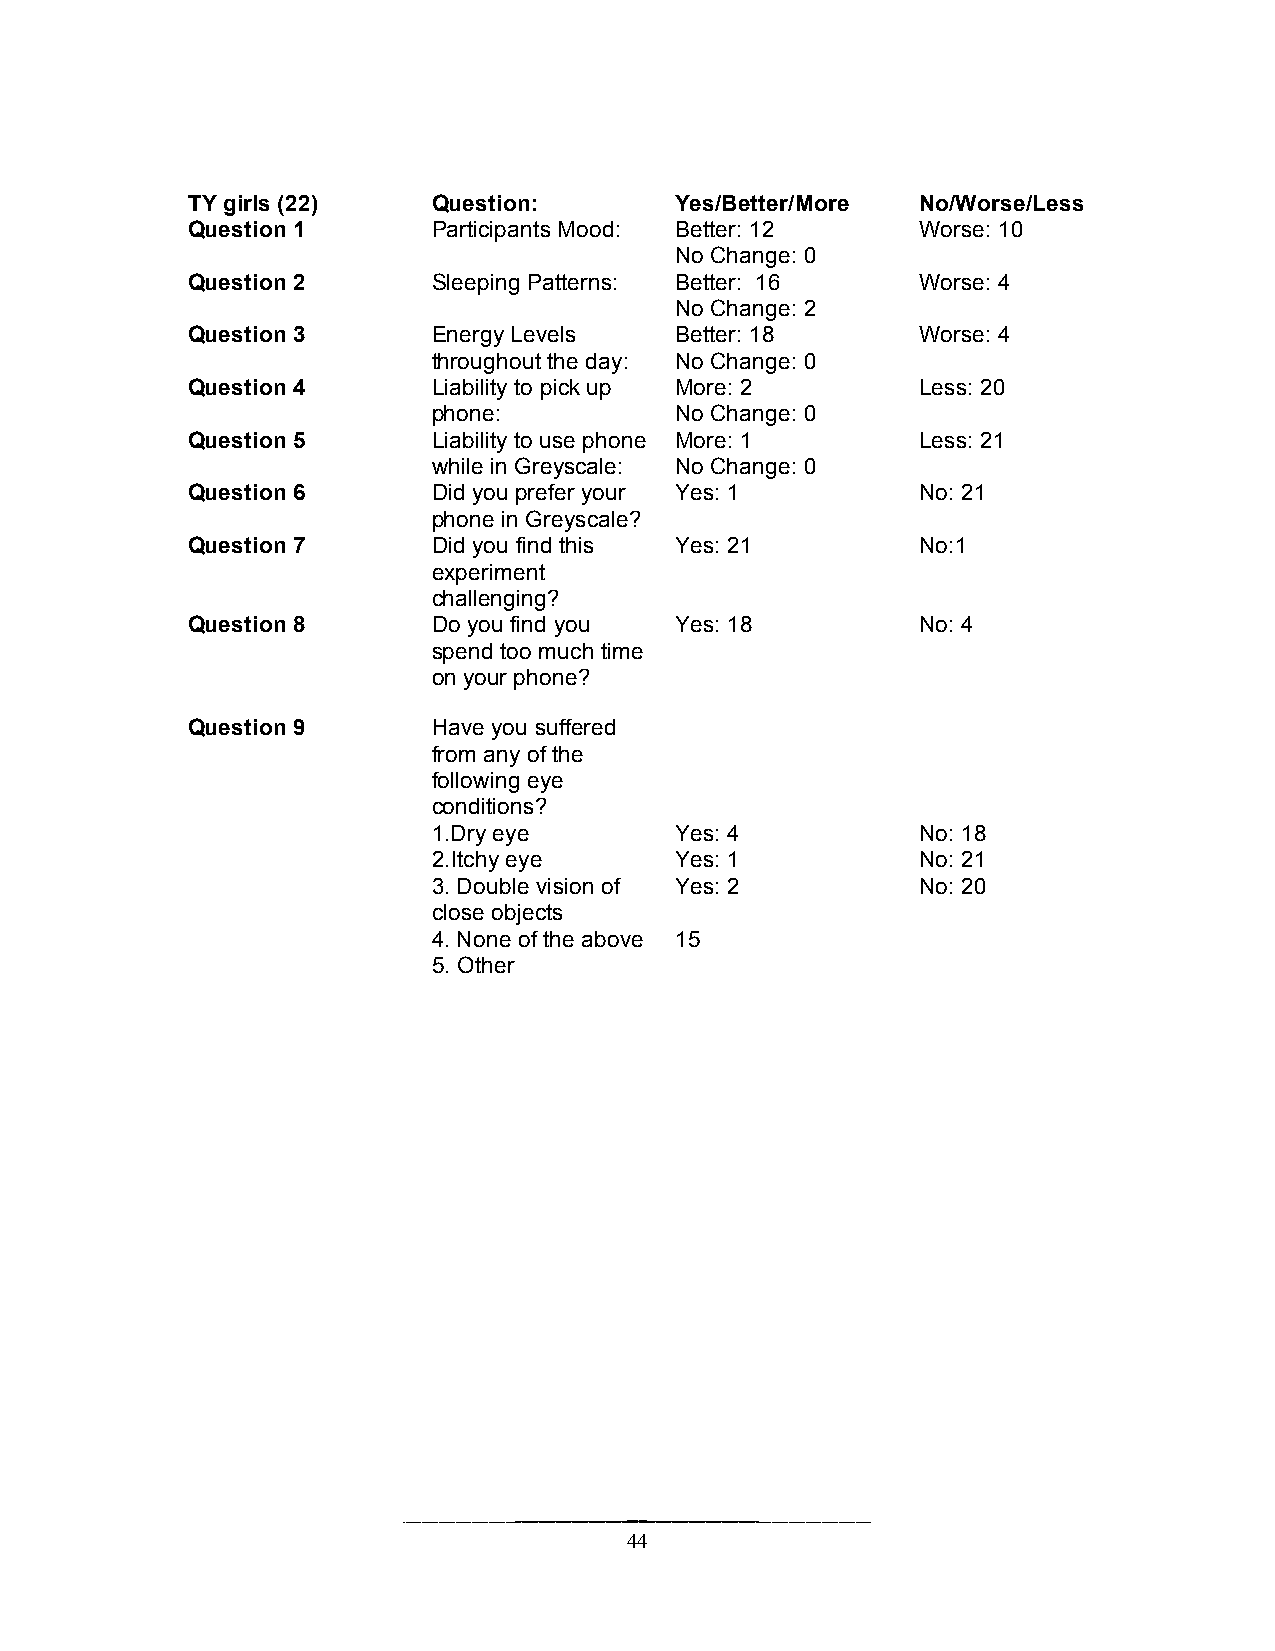
TY girls (22)    Question:       Yes/Better/More No/Worse/Less
 Question 1       Participants Mood: Better: 12   Worse: 10
 No Change: 0
 Question 2       Sleeping Patterns: Better: 16   Worse: 4
 No Change: 2
 Question 3       Energy Levels   Better: 18      Worse: 4
 throughout the day: No Change: 0
 Question 4       Liability to pick up More: 2    Less: 20
 phone:          No Change: 0
 Question 5       Liability to use phone More: 1  Less: 21
 while in Greyscale: No Change: 0
 Question 6       Did you prefer your Yes: 1      No: 21
 phone in Greyscale?
 Question 7       Did you find this Yes: 21       No:1
 experiment
 challenging?
 Question 8       Do you find you Yes: 18         No: 4
 spend too much time
 on your phone?
 Question 9       Have you suffered
 from any of the
 following eye
 conditions?
 1.Dry eye       Yes: 4          No: 18
 2.Itchy eye     Yes: 1          No: 21
 3. Double vision of Yes: 2      No: 20
 close objects
 4. None of the above 15
 5. Other
 44